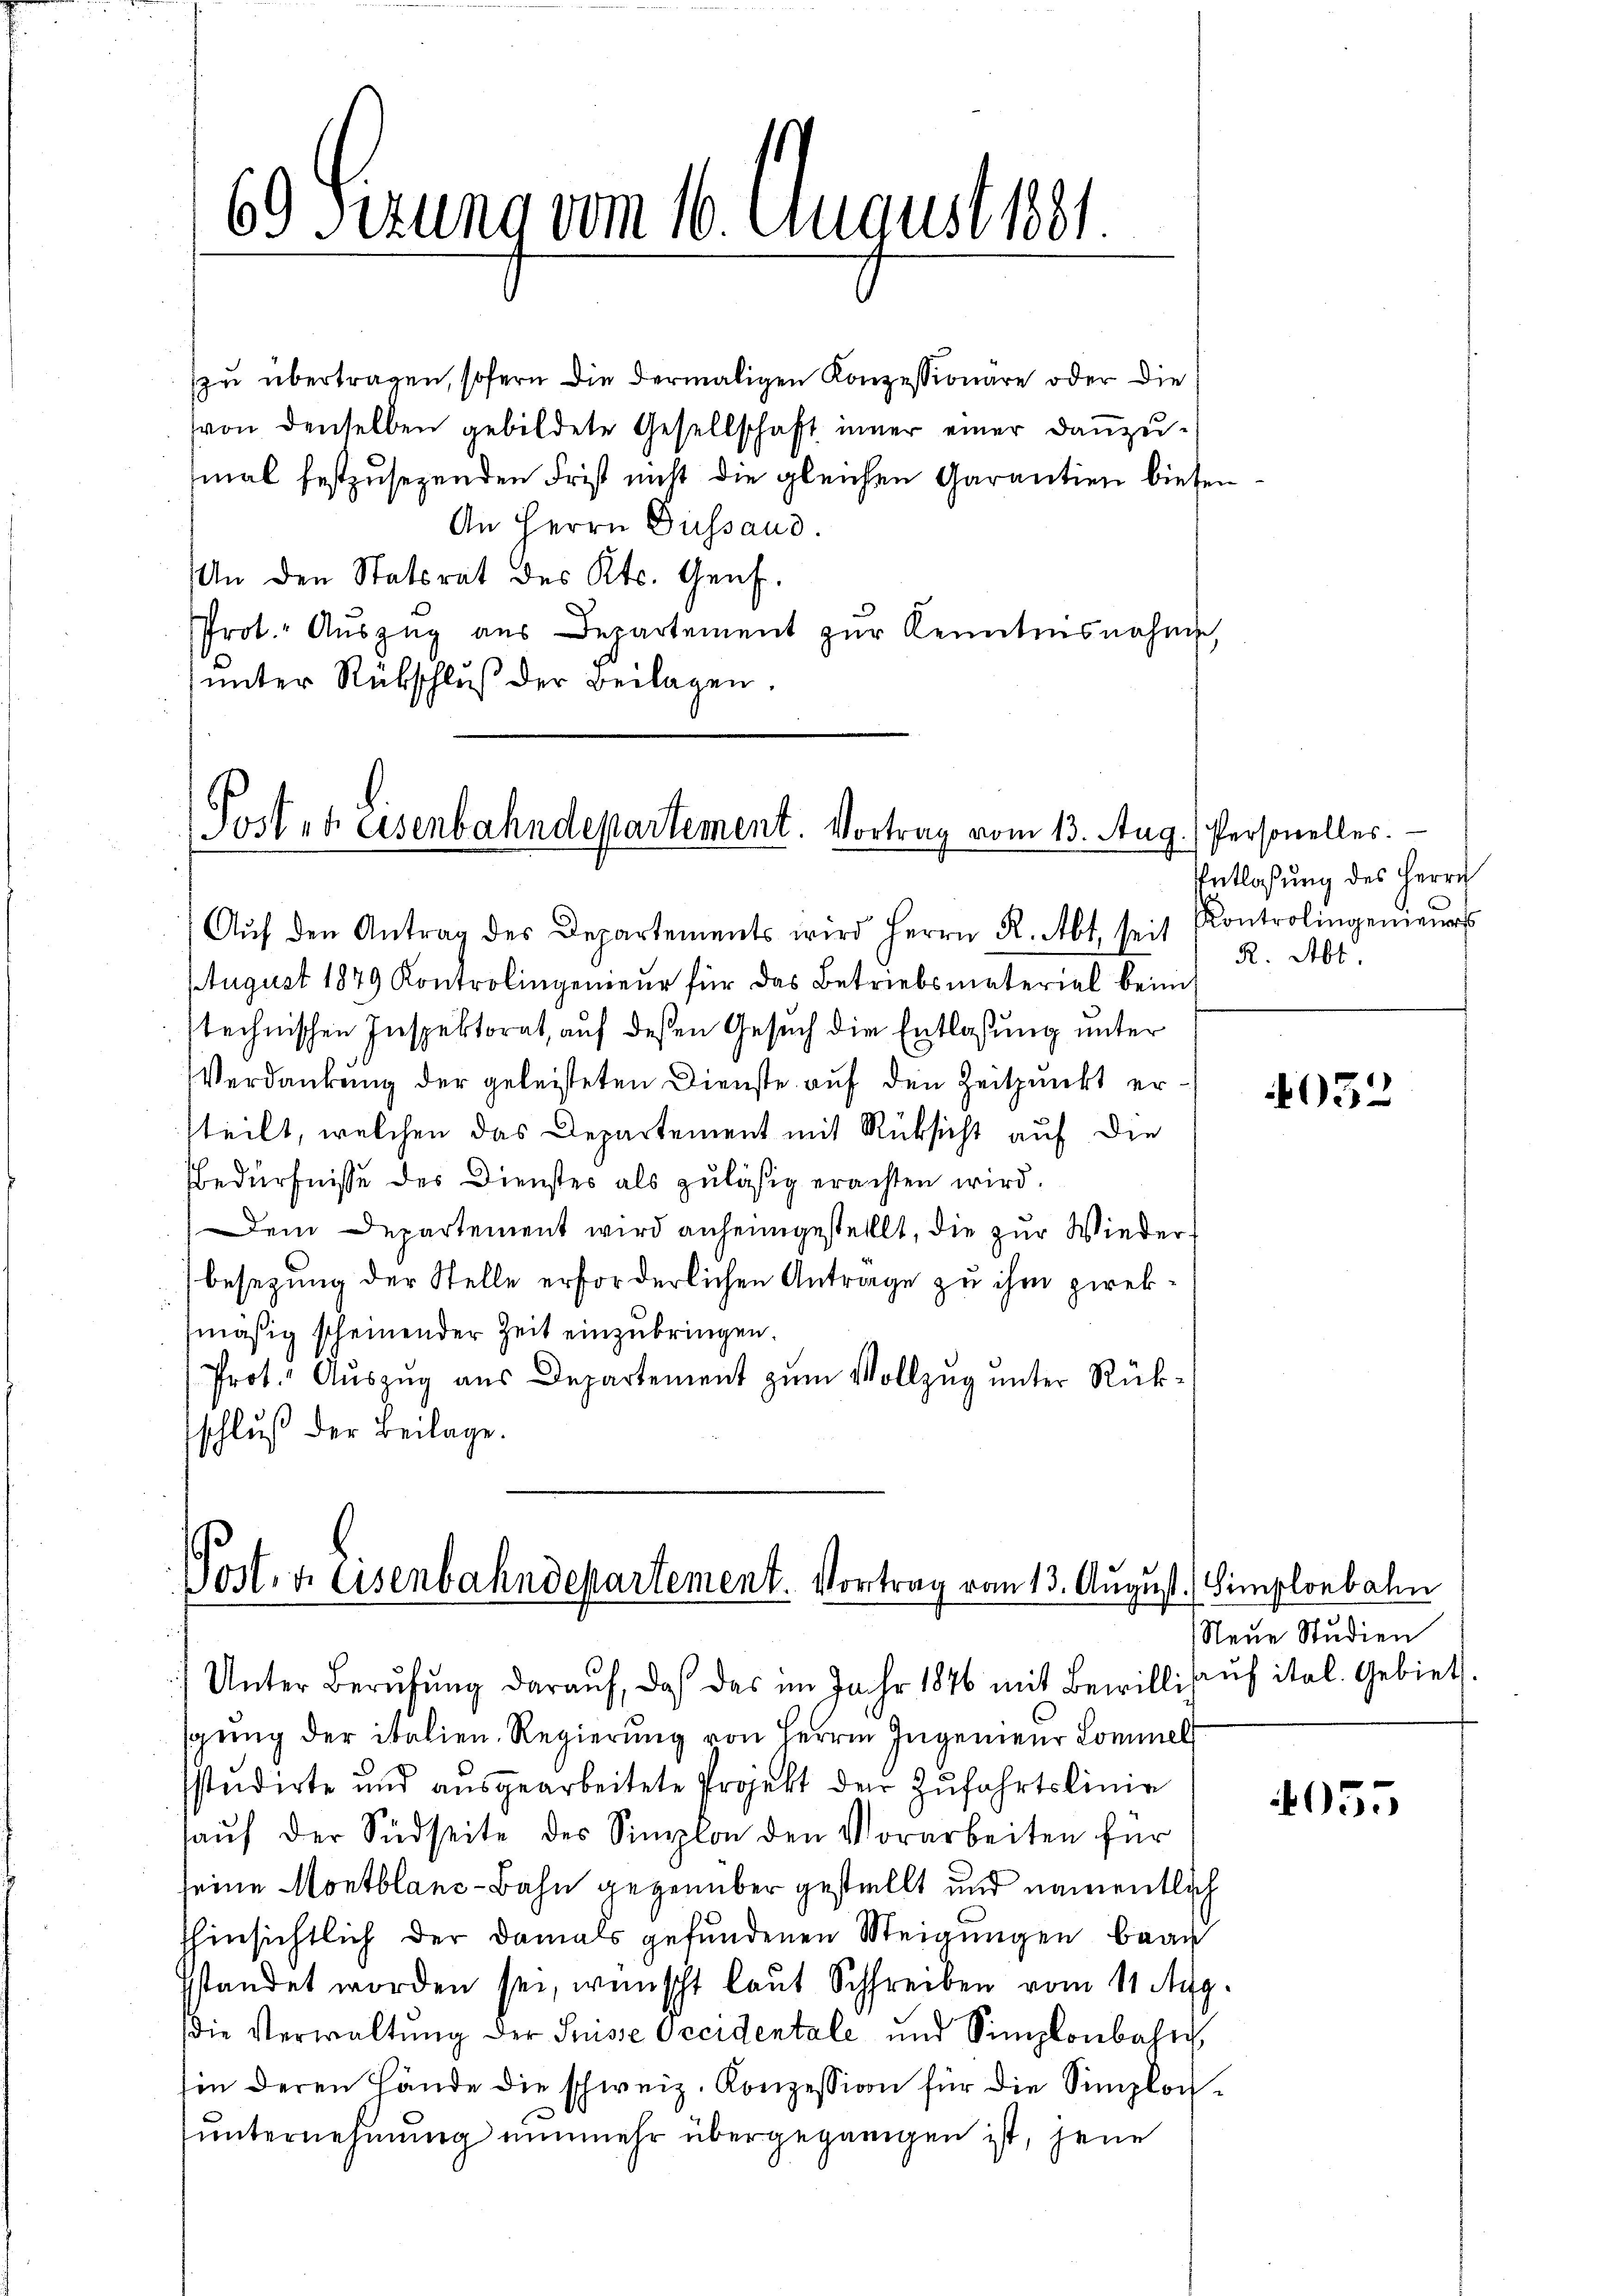
69 Fezung vom 16. August 1881.

zu übertragen, sofern die dermaligen Konzessionäre oder die
von denselben gebildete Gesellschaft inner einer danzu-
mal festzusehenden Frist nicht die gleichen Garantien bieten
An Herrn Gussaud.
An den Statsrat des Kts. Genf.
Prot. Aŭszŭg aŭs Departement zŭr Kenntnisnahme,
unter Rückschluß der Beilagen.

Posten eisenbahndepartement. Vortrag vom 13. Aug. Personelles.
Aŭf den Antrag des Departements wird Herrn K. Abt seit Kontrolingenieŭrs

August 1879 Kontrolingenieŭr für das Betriebsmaterial beim
technischen Inspektorat, auf deßen Gesuch die Entlassung unter
Verdankung der geleisteten Dienste auf den Zeitpunkt ersteilt, welchen das Departement mit Rücksicht auf die
Bedürfnisse des Dienstes als zuläßig erachten wird.
Dem Departement wird anheimgestellt, die zur Wiederbesezung der Stelle erforderlichen Antrage zu ihm zwekmäßig scheinender Zeit einzubringen.
Prot. Auszug aus Departement zum Vollzug unter Rückschluß der Beilage.

Post. v. Eisenbahndepartement. Vortrag vom 13. August. Simplonbahn
/ Unter Berŭfŭng daraŭf, daß das im Jahr 1876 mit Bewillihaŭs ital. Gebiet

Entlaßung des Herrn
R. Abt.

sgung der italien. Regierung von Herren Ingenieur Lommel
sstudirte und ausgearbeitete Projekt der Zufahrtslinie
aŭf der Südseite des Simplon den Vorarbeiten für
seine Montblanc-Bahn gegenüber gestellt und namentlich
hinsichtlich der damals gefundenen Neigungen brau
sstandet worden sei, wünscht laut Schreiben vom 11. Aug.
die Verwaltŭng der Suisse Occidentale und Simplonbahn
hin deren Hände die schweiz. Konzession für die Simplonunternehmung nunmehr übergegangen ist, jene

4032

Neue Studien

4055